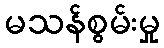
မသန်စွမ်းမှု